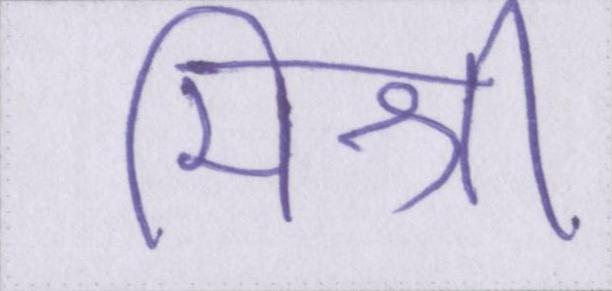
मिश्री